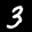
Label: 3